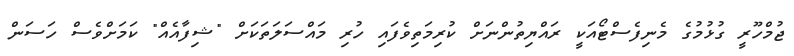
ޖުމްހޫރީ ގުޅުމުގެ މެނިފެސްޓޯއަކީ ރައްޔިތުންނަށް ކުރިމަތިވެފައި ހުރި މައްސަލަތަކަށް "ޝިފާއެއް" ކަމަށްވެސް ހަސަން